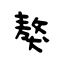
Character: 獒